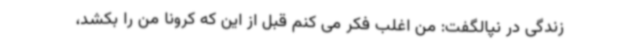
زندگی در نپالگفت: من اغلب فکر می کنم قبل از این که کرونا من را بکشد،